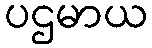
ပဌမာယ